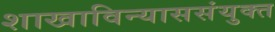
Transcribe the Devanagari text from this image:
शाखाविन्याससंयुक्त